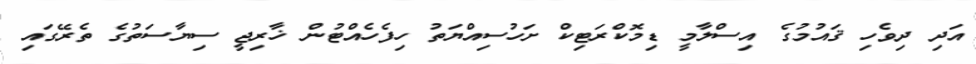
އަދި ދިވެހި ޤައުމުގެ އިސްލާމީ ޑިމޮކްރަޓިކް ށަހުސިއްޔަތު ހިފެހެއްޓުން ޚާރިޖީ ސިޔާސަތުގެ ތެރޭގައި